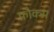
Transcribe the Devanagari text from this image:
फ़ौक्स